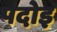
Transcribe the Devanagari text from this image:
पदोइ